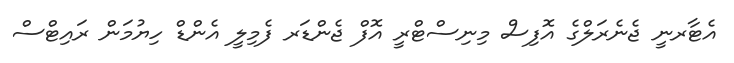
އެޓާރނީ ޖެނެރަލްގެ އޮފިސް މިނިސްޓްރީ އޮފް ޖެންޑަރ ފެމިލީ އެންޑް ހިޔުމަން ރައިޓްސް